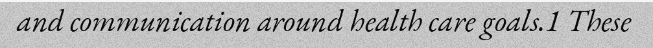
and communication around health care goals.1 These